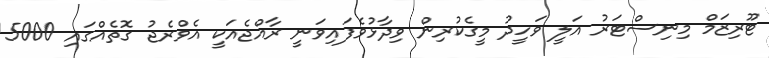
ޓޫރިޒަމް މިނިސްޓަރު އަލީ ވަހީދު މީގެކުރިން ވިދާޅުވެފައިވަނީ ރާއްޖެއަކީ އެވްރެޖު ގޮތެއްގައި 5000